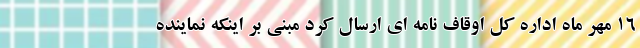
۱۶ مهر ماه اداره کل اوقاف نامه ای ارسال کرد مبنی بر اینکه نماینده